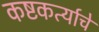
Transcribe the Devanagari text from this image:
कष्टकर्त्याचे